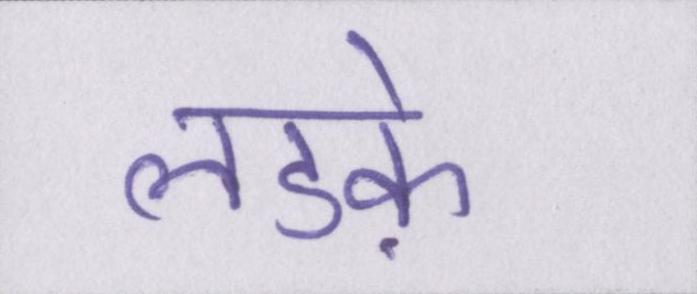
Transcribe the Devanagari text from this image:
लडक़े